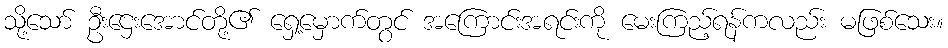
သို့သော် ဦးဌေးအောင်တို့၏ ရှေ့မှောက်တွင် အကြောင်းအရင်းကို မေးကြည့်ရန်ကလည်း မဖြစ်သေး။